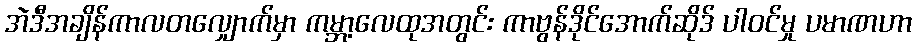
အဲဒီအချိန်ကာလတလျှောက်မှာ ကမ္ဘာ့လေထုအတွင်း ကာဗွန်ဒိုင်အောက်ဆိုဒ် ပါဝင်မှု ပမာဏဟာ